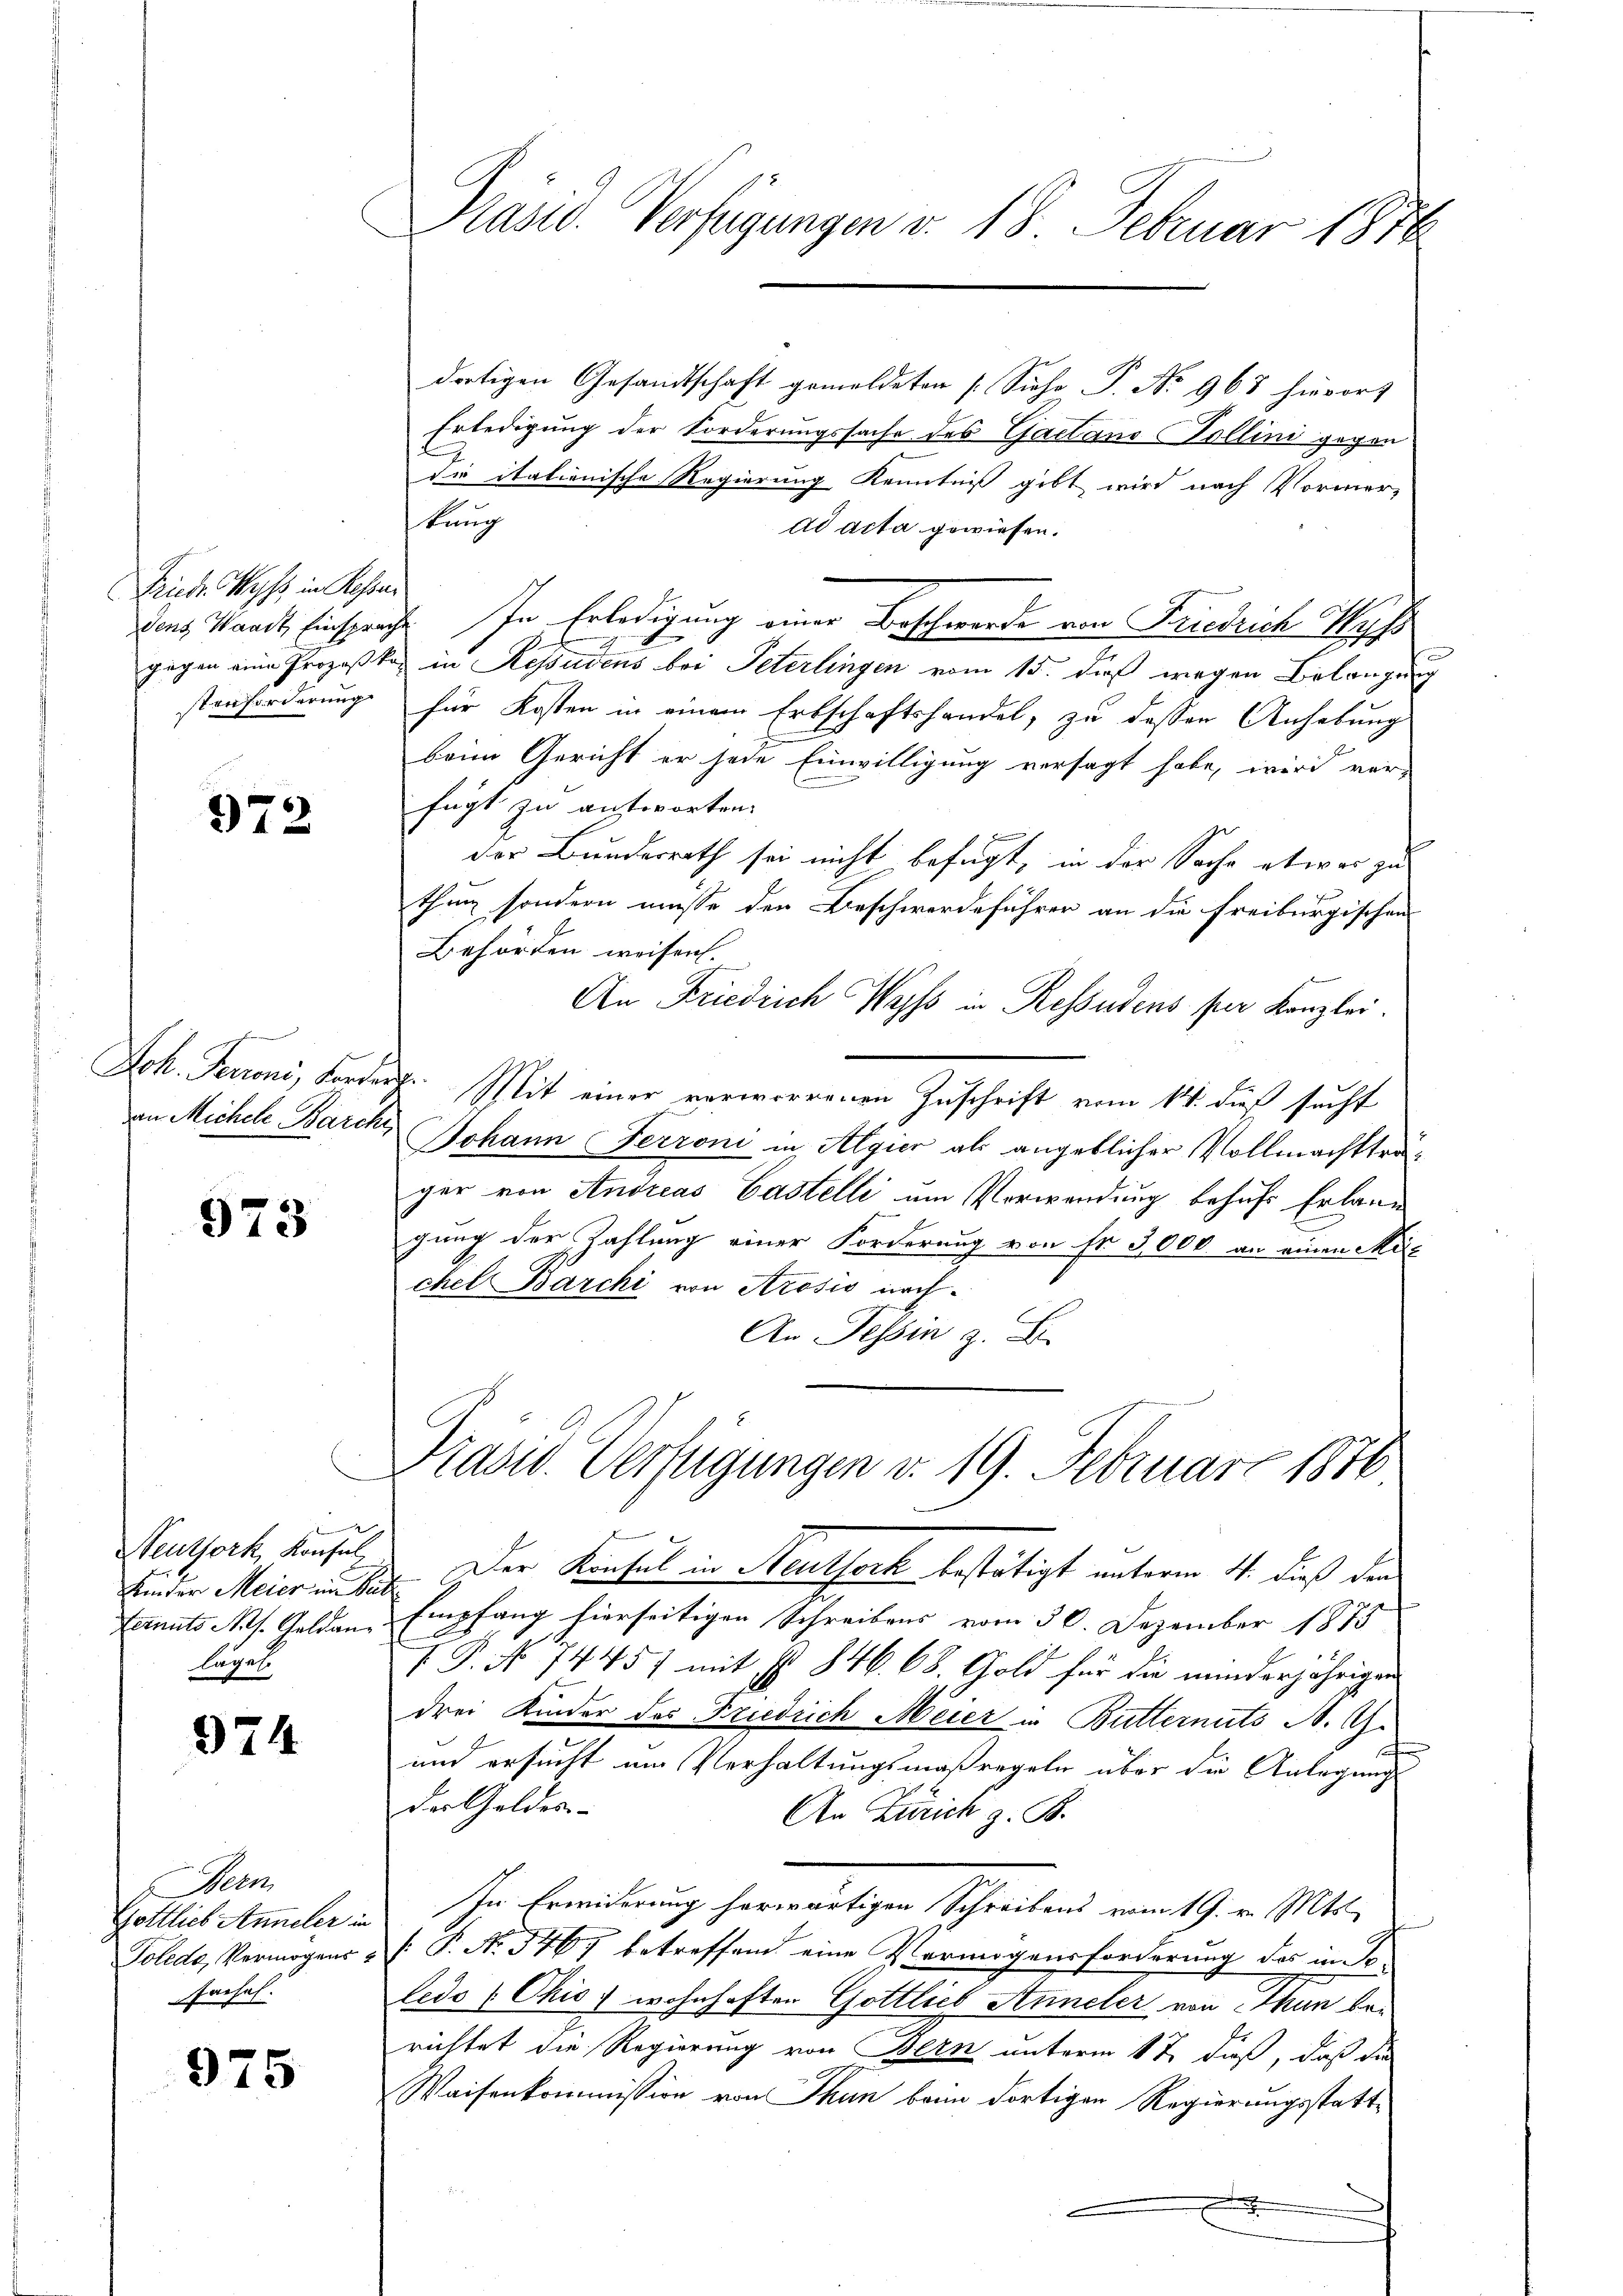
Friede Wyss, in Kehre
stenforderung

972

Joh. Perrone, Forde
an Michele Barch

973

1
Neuthork, Konsul
laget.

974

Bern
Gottlich Anneler in
fachel.

975

Präsid. Verfügungen v. 18. Februar 1876

dortigen Gesandtschaft gemeldeten Siche P. No 968 hierort
Erledigung der Forderungssache des Gaetano-Vollini gegen
dr italienische Regierung Kenntniß gibt wird nach Vormerkung
ad acta gewiesen.
dens Waadt, Einsprüche. In Erledigung einer Beschwerde von Friedrich Hyp
i
.
gegen eine Prozeßkos in Residens bei Peterlingen vom 15. dieß wegen Belangung
für Kosten in einem Erbschaftshandel, zu dessen Anhebung
beim Gericht er jede Einwilligung versagt habe, wird vor-
l
fügt zu antworten.
in
der Bundesrath sei nicht befugt, in der Sache etwas zu
thun sondern müsse den Beschwerdeführer an die freiburgischen
Behörden weisen.
An Friedrich Was in Residens per Kanzlei.
.
Mit einer verworrenen Zuschrift vom 14. dieß sucht
 Johann Ferroni in Algier als angeblicher Vollmachtträger von Andreas Castelli um Verwendung behufs Erlang
gung der Zahlung einer Forderung von Fr. 5000 an einen Mit
chel Barchi von Arosis nach¬
An Tessin z. B.

Trasw. Verfügungen v. 19. Februar 1876
2
Kinder Meier im Sinn. Der Konsul in Steutfork bestätigt unterm 4. dieß den

Eernats Mrs. Geldau, Empfang hierseitigen Schreibens vom 30. Dezember 1875
V. P. No 7445) mit Nr. 846. 68. Gold für die minderjährigen
drei Kinder des Friedrich Meier in Butternuts A. G.
und ersucht am Verhaltungsmaßregeln über die Anlegung
der Geldes
An Zürich z. B.
In Erwiderung herwärtigen Schreibens vom 19. v. Mts.
Tolede, Vermögens - . P. No. 3467 betreffend eine Vermögensforderung des in So
ledo (Chis) wohnhaften Gottlieb Anneler von Thun berichtet die Regierung von Bern unterm 12. dieß, daß die
Waisenkommission von Thun beim dortigen Regierungsstatt¬